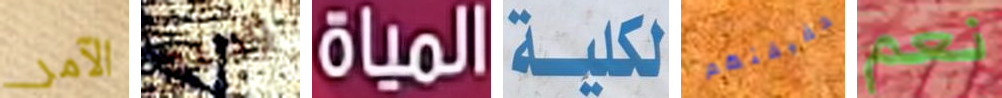
الآمر وطنه المياه لكلية حقيقتهم نعم